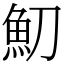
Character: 魛